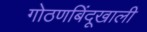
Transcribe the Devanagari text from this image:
गोठणबिंदूखाली